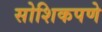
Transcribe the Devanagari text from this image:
सोशिकपणे